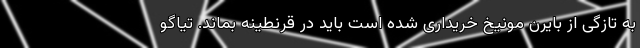
به تازگی از بایرن مونیخ خریداری شده است باید در قرنطینه بماند. تیاگو